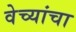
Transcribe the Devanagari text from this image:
वेच्यांचा